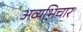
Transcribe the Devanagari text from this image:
अव्यभिचार